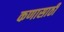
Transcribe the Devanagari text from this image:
कणासाठी